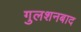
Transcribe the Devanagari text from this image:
गुलशनबाद